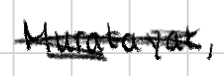
Text: Muratayak,
Cross-out: scratch
Writing tool: digital_black